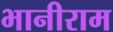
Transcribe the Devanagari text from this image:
भानीराम